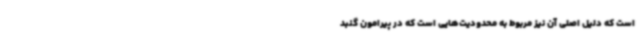
است که دلیل اصلی آن نیز مربوط به محدودیت‌هایی است که در پیرامون گنبد